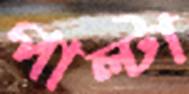
পাল্টা